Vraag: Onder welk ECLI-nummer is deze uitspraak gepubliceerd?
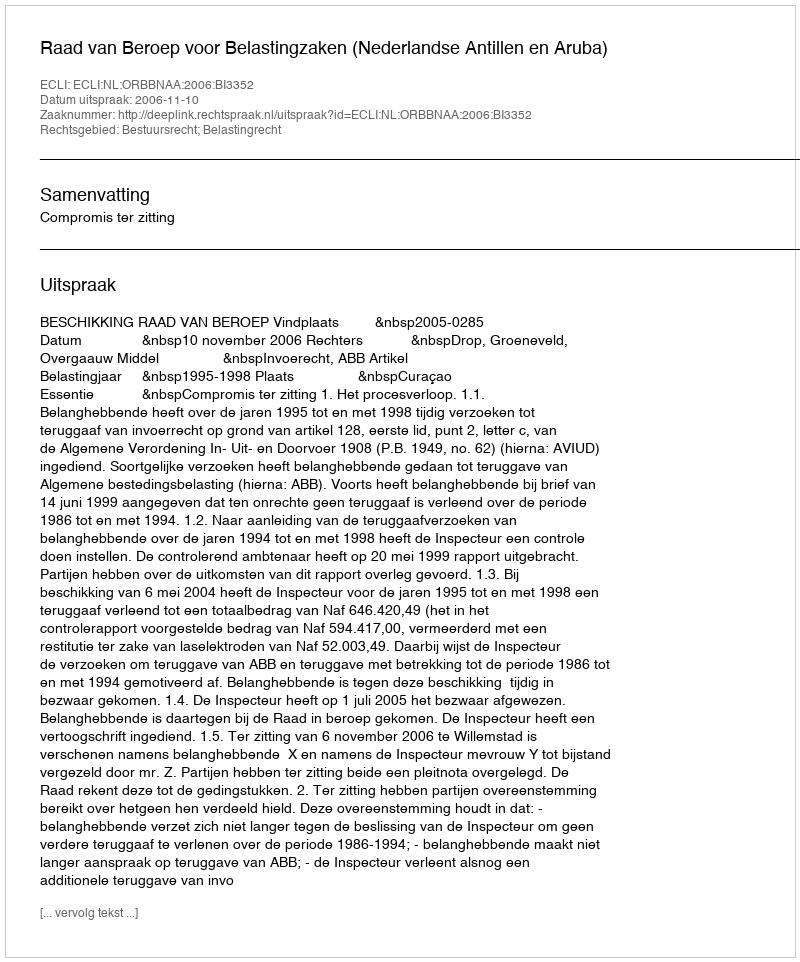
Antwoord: ECLI:NL:ORBBNAA:2006:BI3352